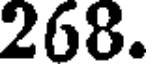
268.